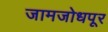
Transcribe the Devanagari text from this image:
जामजोधपूर